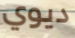
ديوي